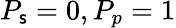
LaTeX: P_{\mathsf{s}}=0,P_{p}=1